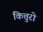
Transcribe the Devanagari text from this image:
कित्तुरो